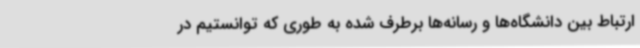
ارتباط بین دانشگاه‌ها و رسانه‌ها برطرف شده به‌ طوری که توانستیم در